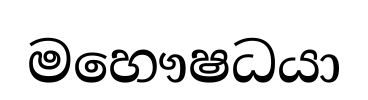
මහෞෂධයා